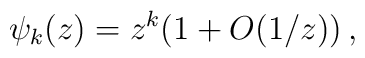
\psi_k(z)=z^k\bigl(1+O(1/z)\bigr)\,,